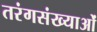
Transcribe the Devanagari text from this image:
तरंगसंख्याओं